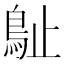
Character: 𣦘